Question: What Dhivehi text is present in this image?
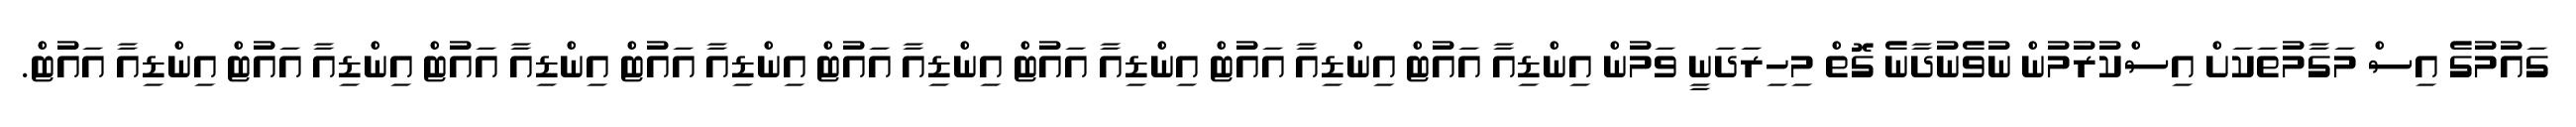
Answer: ގައުމުގެ އިސް މަގާމުތަކަށް އިސްކުރުމުން ނުވެނުދާނެ ގޮތް މިހިރަދަނީ ވަމުން އިންޑިއާ އައުޓް އިންޑިއާ އައުޓް އިންޑިއާ އައުޓް އިންޑިއާ އައުޓް އިންޑިއާ އައުޓް އިންޑިއާ އައުޓް އިންޑިއާ އައުޓް އިންޑިއާ އައުޓް.